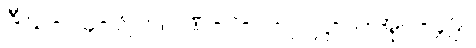
ဒီဃ-၁၄-၆၂။ ။ပဏ်-၁-ပါ-၇၊ ဋ္ဌ-ပ-အုပ်-၄၉။